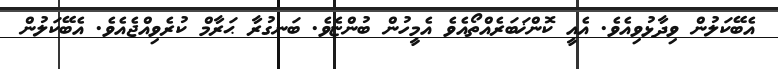
އެބޭކަލުން ވިދާޅުވިއެވެ. އެއީ ކޮންޚަބަރެއްތޯއެވެ އެމީހުން ބުންޏެވެ. ބަނގުރާ ޙަރާމް ކުރެވިއްޖެއެވެ. އެބޭކަލުން